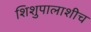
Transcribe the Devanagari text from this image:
शिशुपालाशीच